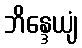
ဘိန္ဒေယျံ